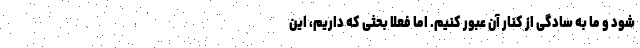
شود و ما به سادگی از کنار آن عبور کنیم. اما فعلا بحثی که داریم، این